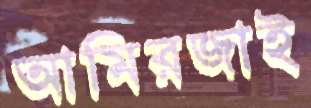
আমিরজাই